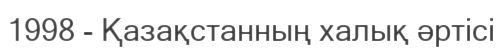
1998 - Қазақстанның халық әртісі